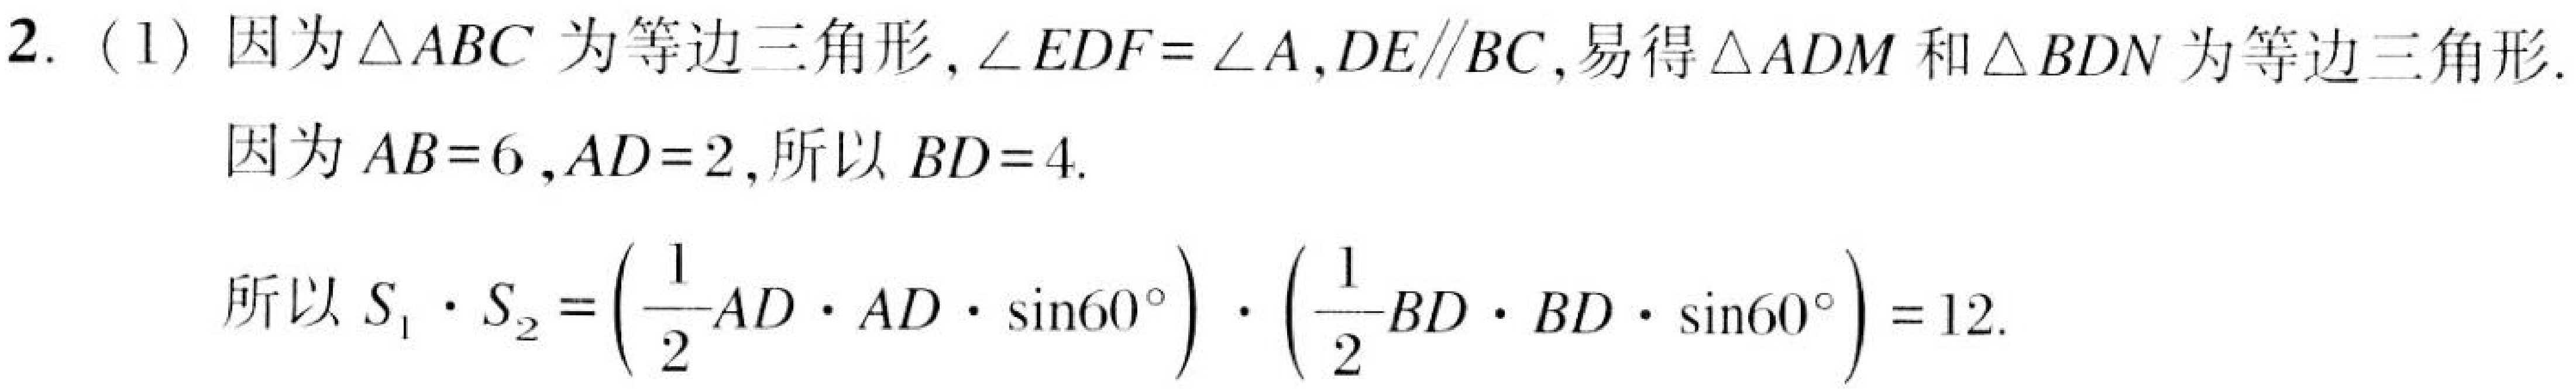
2. (1) 因为\(\triangle ABC\)为等边三角形,\(\angle EDF = \angle A\),\(DE\parallel BC\), 易得\(\triangle ADM\)和\(\triangle BDN\)为等边三角形.
因为\(AB = 6\),\(AD = 2\), 所以\(BD = 4\).

所以\(S_{1}\cdot S_{2}=\left(\frac{1}{2}AD\cdot AD\cdot\sin60^{\circ}\right)\cdot\left(\frac{1}{2}BD\cdot BD\cdot\sin60^{\circ}\right)=12\).